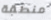
منطقة